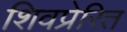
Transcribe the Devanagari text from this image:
शिवप्रेरित